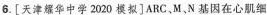
6.[天津耀华中学2020模拟]ARC，M，N基因在心肌细